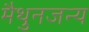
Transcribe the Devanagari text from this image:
मैथुनजन्य